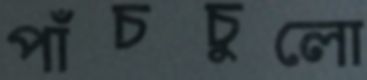
পাঁচচুলো